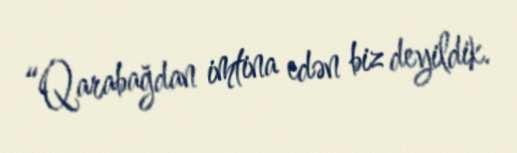
“Qarabağdan imtina edən biz deyildik.